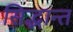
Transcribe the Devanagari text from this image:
सिद्भान्त